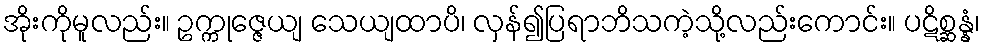
အိုးကိုမူလည်း။ ဥက္ကုဇ္ဇေယျ သေယျထာပိ၊ လှန်၍ပြရာဘိသကဲ့သို့လည်းကောင်း။ ပဋိစ္ဆန္နံ၊